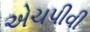
એચપીવી